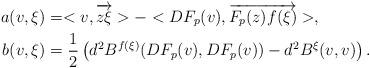
LaTeX: \begin{align*}a(v, \xi) & = <v, \overrightarrow{z\xi}> - <DF_p(v), \overrightarrow{F_p(z)f(\xi)}> , \\b(v, \xi) & = \frac{1}{2}\left(d^2 B^{f(\xi)}(DF_p(v), DF_p(v) ) - d^2 B^{\xi}(v, v)\right). \\\end{align*}